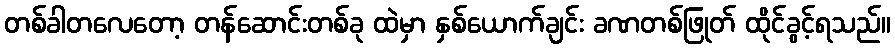
တစ်ခါတလေတော့ တန်ဆောင်းတစ်ခု ထဲမှာ နှစ်ယောက်ချင်း ခဏတစ်ဖြုတ် ထိုင်ခွင့်ရသည်။